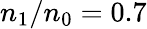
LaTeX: n_{\mathrm{1}}/n_{\mathrm{0}}=0.7